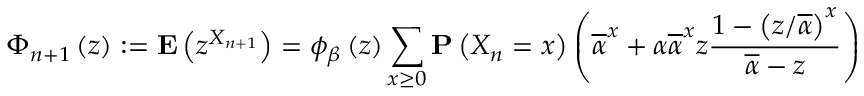
\Phi _ { n + 1 } \left( z \right) : = { \bf E } \left( z ^ { X _ { n + 1 } } \right) = \phi _ { \beta } \left( z \right) \sum _ { x \geq 0 } { \bf P } \left( X _ { n } = x \right) \left( \overline { { \alpha } } ^ { x } + \alpha \overline { { \alpha } } ^ { x } z \frac { 1 - \left( z / \overline { { \alpha } } \right) ^ { x } } { \overline { { \alpha } } - z } \right)